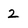
Character: 2